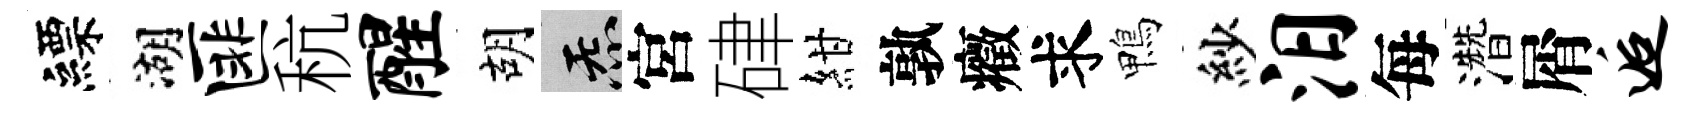
縹湖匪秔醒胡炁宮硉紺孰癥求鴨紗汨每濳屑逅